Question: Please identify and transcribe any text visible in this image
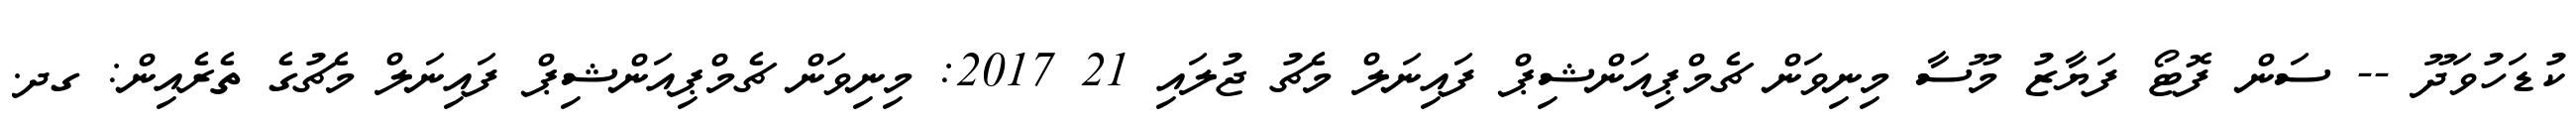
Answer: ކުޑަހުވަދޫ -- ސަން ފޮޓޯ ފަޔާޒު މޫސާ މިނިވަން ޗެމްޕިއަންޝިޕް ފައިނަލް މެޗު ޖުލައި 21 2017: މިނިވަން ޗެމްޕިއަންޝިޕް ފައިނަލް މެޗުގެ ތެރެއިން: ގދ.